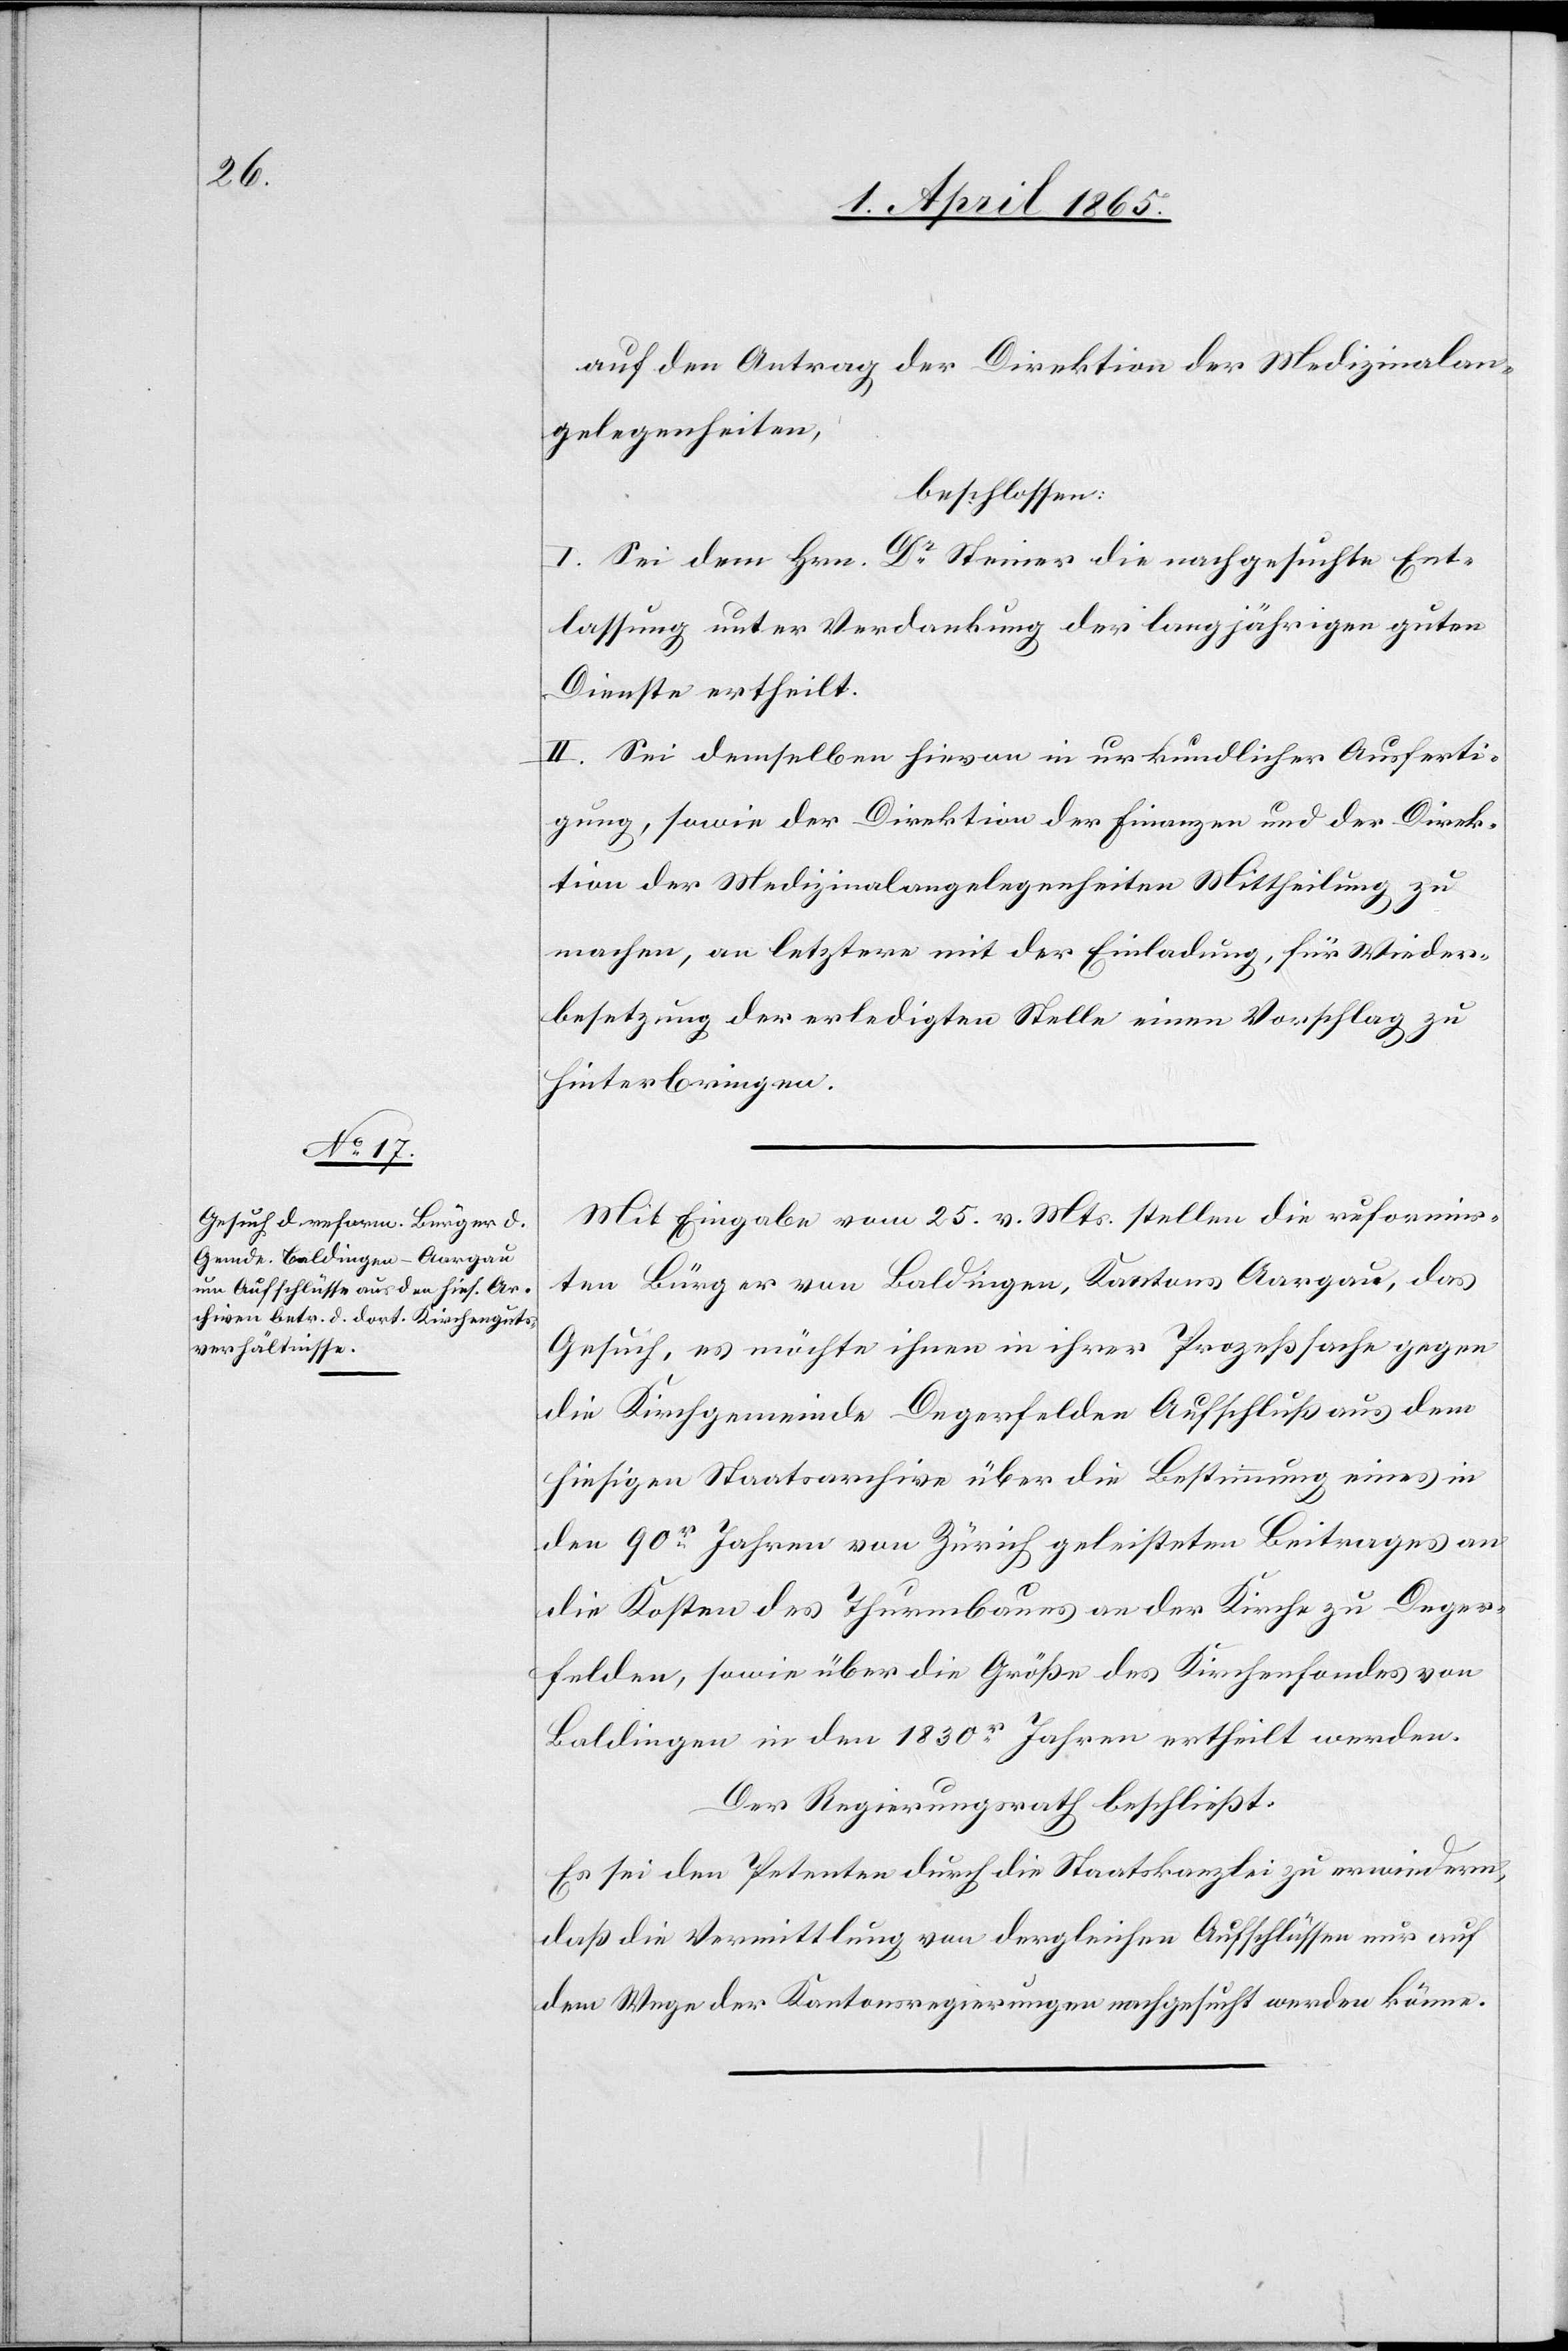
auf den Antrag der Direktion der Medizinalan¬
gelegenheiten,
beschlossen:
I. Sei dem Hrn. Dr Steiner die nachgesuchte Ent¬
lassung unter Verdankung der langjährigen guten
Dienste ertheilt.
II. Sei demselben hievon in urkundlicher Ausferti¬
gung, sowie der Direktion der Finanzen und der Direk¬
tion der Medizinalangelegenheiten Mittheilung zu
machen, an letztere mit der Einladung, für Weider¬
besetzung der erledigten Stelle einen Vorschlag zu
hinterbringen.
Mit Eingabe vom 25. v. Mts. stellen die reformir¬
ten Bürger von Baldingen, Kantons Aargau, das
Gesuch, es möchte ihnen in ihrer Prozesssache gegen
die Kirchgemeinde Degerfelden Aufschluß aus dem
hiesigen Staatsarchive über die Bestimmung eines in
den 90r Jahren von Zürich geleisteten Beitrages an
die Kosten des Thurmbaues an der Kirche zu Deger¬
felden, sowie über die Größe des Kirchenfondes von
Baldingen in den 1830r Jahren ertheilt werden.
Der Regierungsrath beschließt:
Es sei den Petenten durch die Staatskanzlei zu erwiedern,
daß die Vermittlung von dergleichen Aufschlüssen nur auf
dem Wege der Kantonsregierungen nachgesucht werden könne.